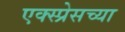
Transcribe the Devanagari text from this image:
एक्स्प्रेसच्या